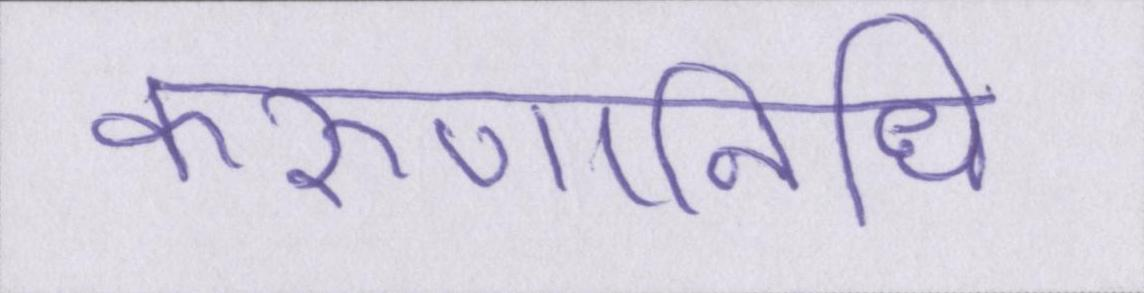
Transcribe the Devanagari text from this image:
करुणानिधि